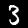
Digit: 3